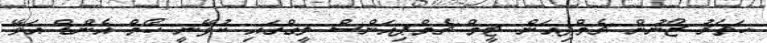
ހަތަރު ޒޯނުން ޗެމްޕިއަން ޓީމް ޗެމްޕިއަންސް ލީގްގައި ކުޅޭނީ ހޯމް އެންޑް އަވޭ